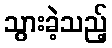
သွားခဲ့သည့်